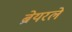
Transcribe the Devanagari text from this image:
ब्रेयरले